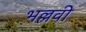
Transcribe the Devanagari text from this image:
भल्लवी